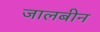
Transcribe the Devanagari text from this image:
जालबीन